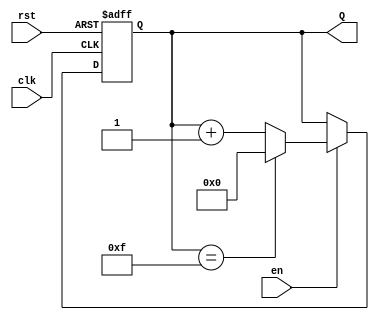
module up_counter_with_enable #(
    parameter N = 4  // Number of bits for the counter
) (
    input wire clk,         // Clock input
    input wire en,          // Enable input
    input wire rst,         // Asynchronous reset
    output reg [N-1:0] Q    // Output count
);

    // Asynchronous reset behavior
    always @(posedge clk or posedge rst) begin
        if (rst) begin
            Q <= 0;          // Reset counter to zero
        end else if (en) begin
            // Increment the counter and handle rollover
            if (Q == (1 << N) - 1) begin
                Q <= 0;      // Roll over to zero
            end else begin
                Q <= Q + 1;  // Increment the counter
            end
        end
    end

endmodule